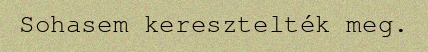
Sohasem keresztelték meg.